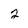
Character: 2